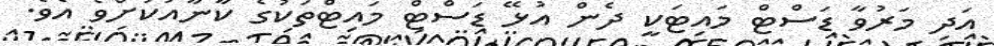
އަދި މަރުވާ ޑަސްޓް މައިޓަކީ ދެން އުޅޭ ޑަސްޓް މައިޓްތަކުގެ ކާނާއަކަށްވެ އެވެ.